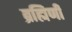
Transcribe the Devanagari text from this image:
ब्रह्मिणी